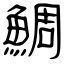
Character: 鯛